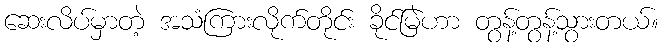
ဆေးလိပ်မှာတဲ့ အသံကြားလိုက်တိုင်း ခိုင်မြဲဟာ တွန့်တွန့်သွားတယ်။